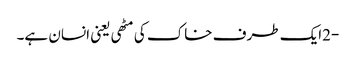
-2ایک طرف خاک کی مٹھی یعنی انسان ہے۔